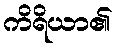
ကိရိယာ၏